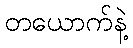
တယောက်နဲ့